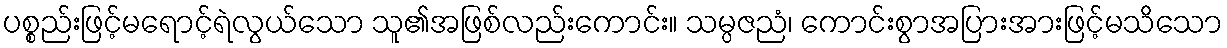
ပစ္စည်းဖြင့်မရောင့်ရဲလွယ်သော သူ၏အဖြစ်လည်းကောင်း။ သမ္ပဇညံ၊ ကောင်းစွာအပြားအားဖြင့်မသိသော